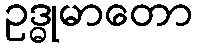
ဥဒ္ဓုမာတော